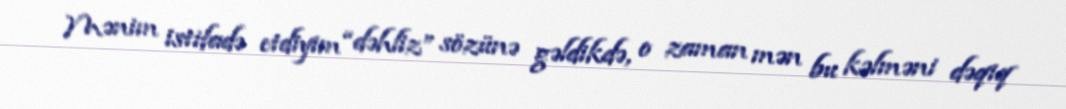
Mənim istifadə etdiyim “dəhliz” sözünə gəldikdə, o zaman mən bu kəlməni dəqiq